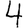
Digit: 4